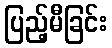
ပြည့်မီခြင်း